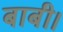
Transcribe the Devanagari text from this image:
बाबी।